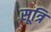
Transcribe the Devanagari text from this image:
सूत्रि